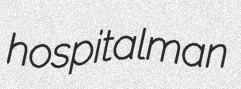
hospitalman